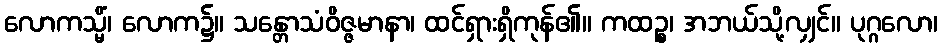
လောကသ္မိံ၊ လောက၌။ သန္တောသံဝိဇ္ဇမာနာ၊ ထင်ရှားရှိကုန်၏။ ကထဉ္စ၊ အဘယ်သို့လျှင်။ ပုဂ္ဂလော၊